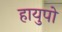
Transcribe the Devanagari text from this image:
हायुपो